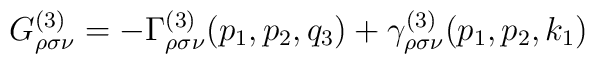
G_{\rho \sigma \nu }^{(3)}=-\Gamma _{\rho \sigma \nu}^{(3)}(p_1,p_2,q_3)+\gamma _{\rho \sigma \nu }^{(3)}(p_1,p_2,k_1)